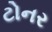
ટોનર